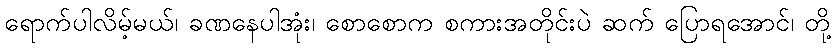
ရောက်ပါလိမ့်မယ်၊ ခဏနေပါအုံး၊ စောစောက စကားအတိုင်းပဲ ဆက် ပြောရအောင်၊ တို့